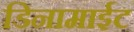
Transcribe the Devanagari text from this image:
डिनामाईट